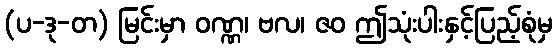
(ပ-ဒု-တ) မြင်းမှာ ဝဏ္ဏ၊ ဗလ၊ ဇဝ ဤသုံးပါးနှင့်ပြည့်စုံမှ